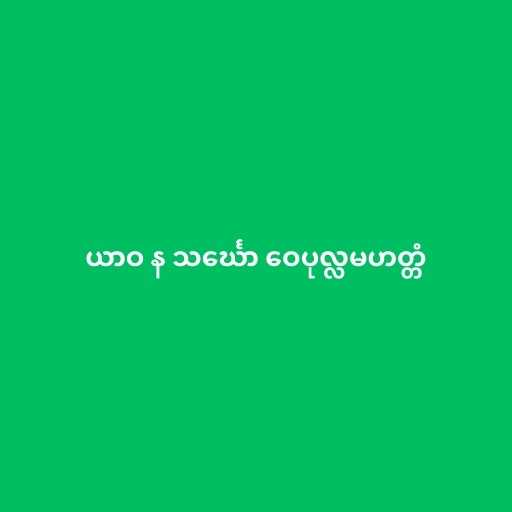
ယာဝ န သင်္ဃော ဝေပုလ္လမဟတ္တံ